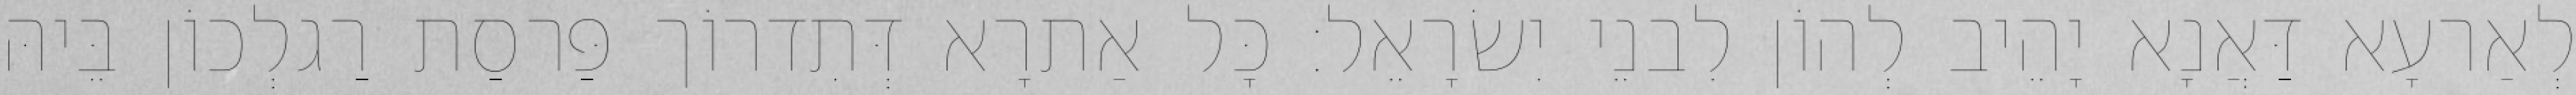
לְאַרעָא דַּאֲנָא יָהֵיב לְהוֹן לִבנֵי יִשׂרָאֵל׃ כָּל אַתרָא דְּתִדרוֹך פַּרסַת רַגלְכוֹן בֵּיהּ